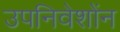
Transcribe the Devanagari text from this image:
उपनिवेशोंन